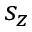
s _ { z }